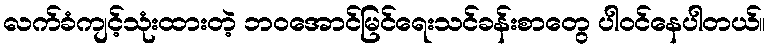
လက်ခံကျင့်သုံးထားတဲ့ ဘဝအောင်မြင်ရေးသင်ခန်းစာတွေ ပါဝင်နေပါတယ်။